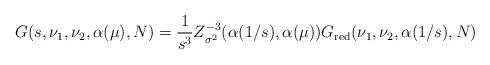
LaTeX: \begin{align*}G(s,\nu _{1},\nu _{2},\alpha (\mu ),N)={\frac{1}{s^{3}}}Z_{\sigma^{2}}^{-3}(\alpha (1/s),\alpha (\mu ))G_{\mathrm{red}}(\nu _{1},\nu_{2},\alpha (1/s),N)\end{align*}